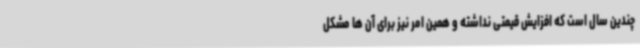
چندین سال است که افزایش قیمتی نداشته و همین امر نیز برای آن ها مشکل